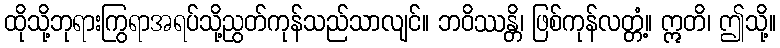
ထိုသို့ဘုရားကြွရာအရပ်သို့ညွတ်ကုန်သည်သာလျင်။ ဘဝိဿန္တိ၊ ဖြစ်ကုန်လတ္တံ့။ ဣတိ၊ ဤသို့။